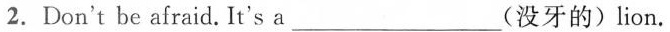
2.Don't be afraid. It's a____(没牙的)lion.